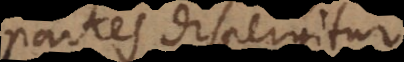
partes dispergitur;